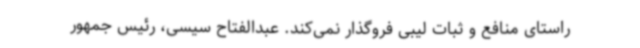
راستای منافع و ثبات لیبی فروگذار نمی‌کند. عبدالفتاح سیسی، رئیس جمهور